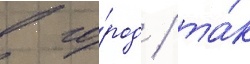
в го́род / та́к